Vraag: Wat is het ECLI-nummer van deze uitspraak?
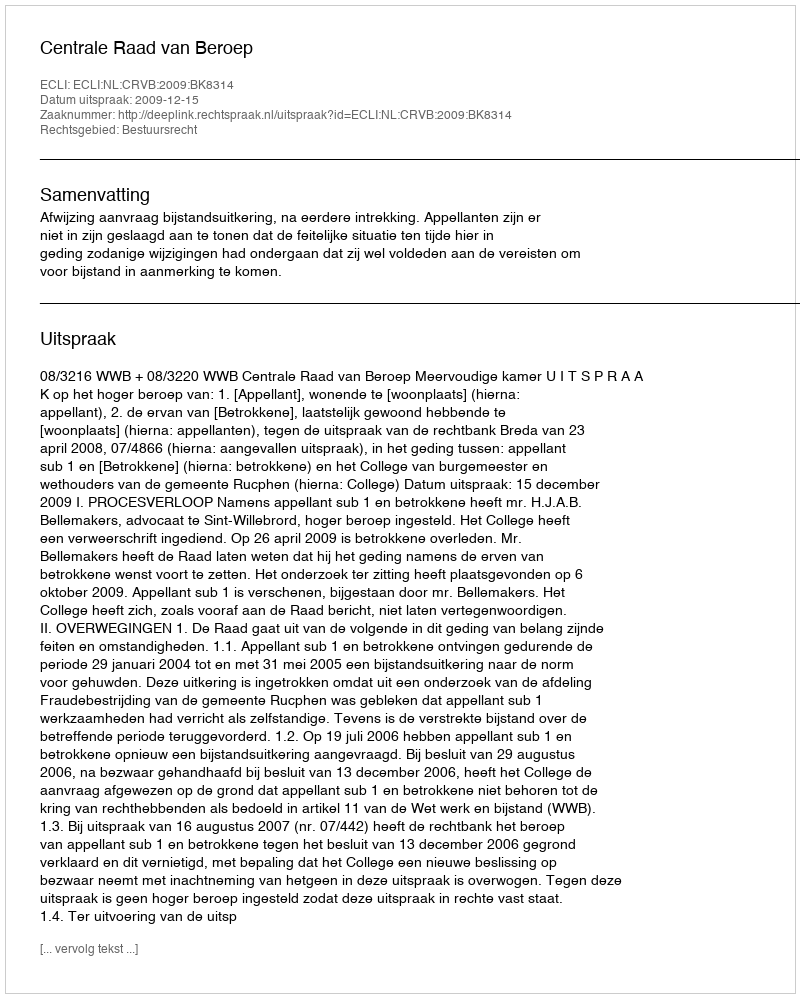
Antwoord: ECLI:NL:CRVB:2009:BK8314